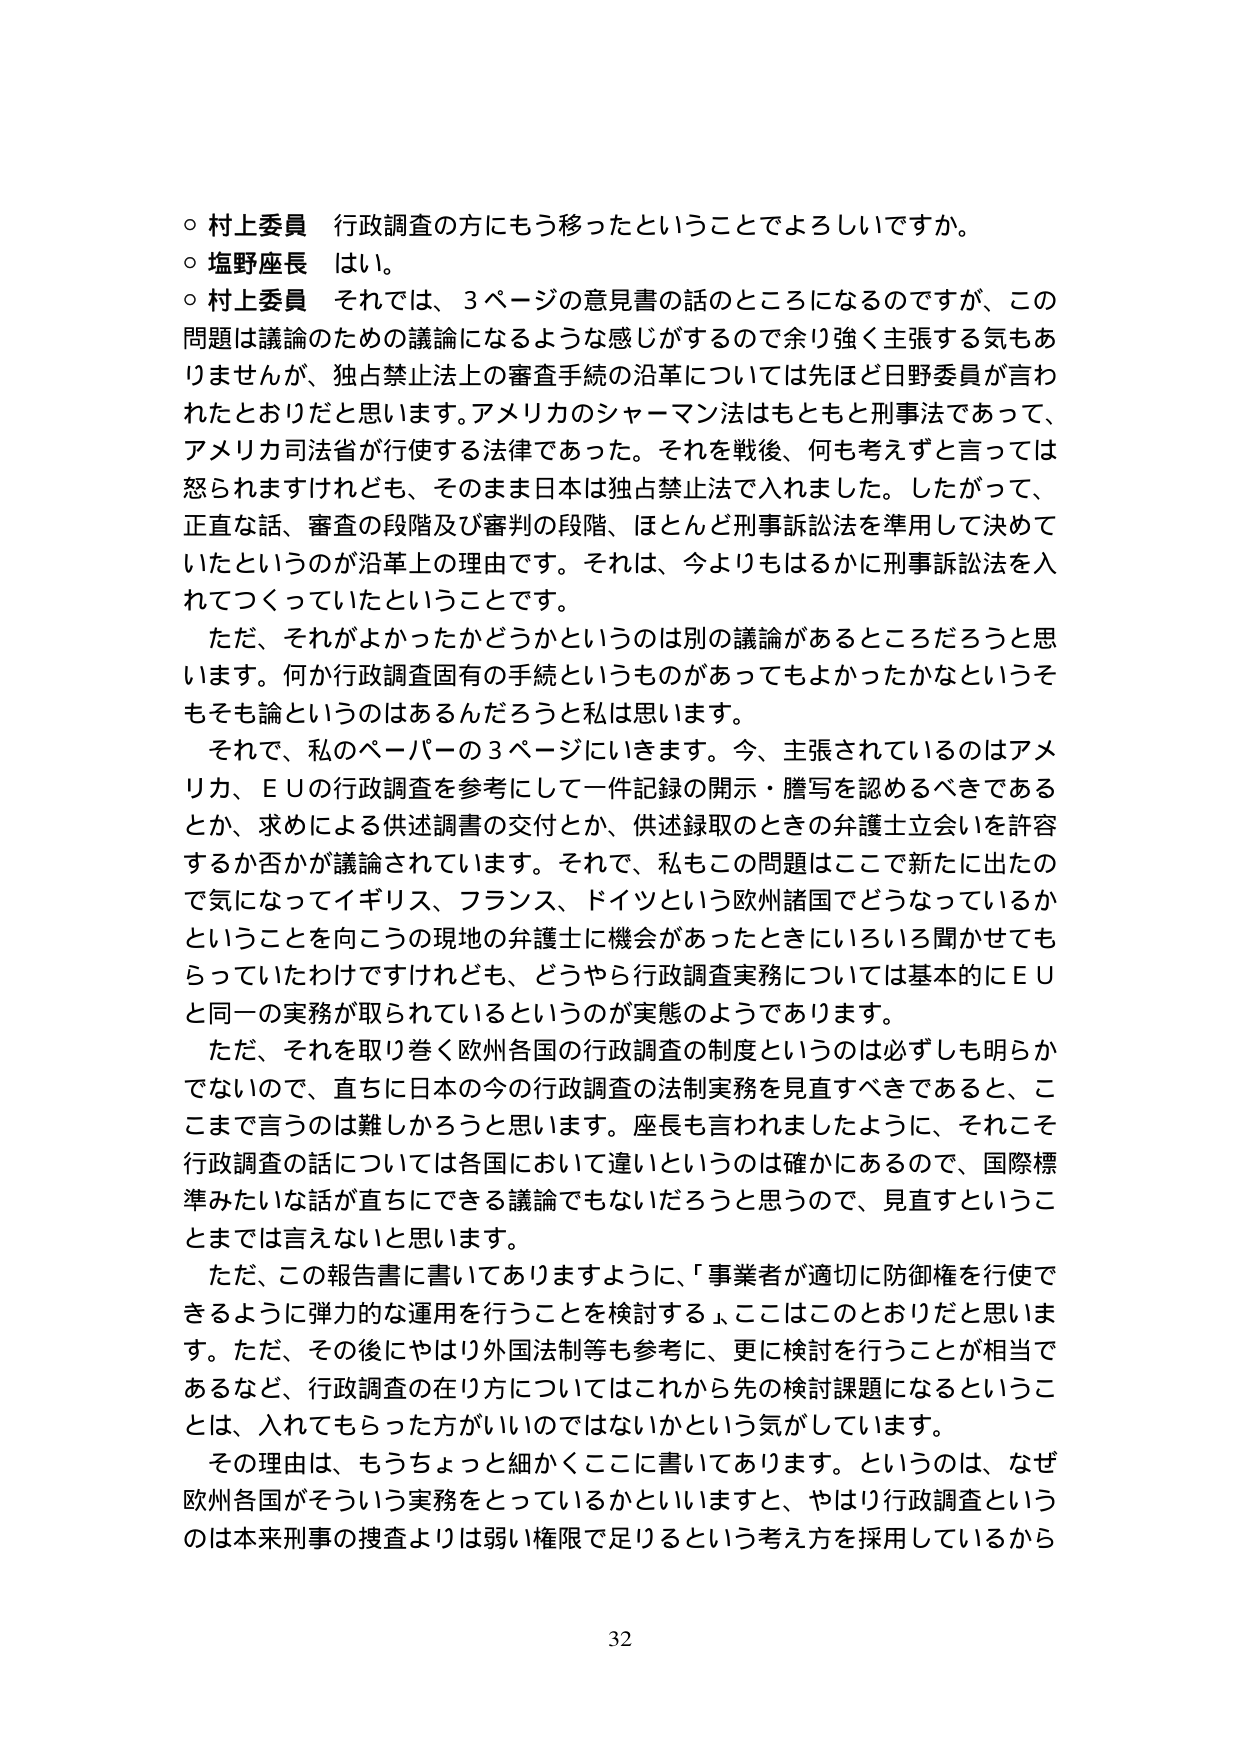
○ 村上委員 行政調査の方にもう移ったということでよろしいですか。
○ 塩野座長 はい。
○ 村上委員 それでは、3ページの意見書の話のところになるのですが、この問題は議論のための議論になるような感じがするので余り強く主張する気もありませんが、独占禁止法上の審査手続の沿革については先ほど日野委員が言われたとおりだと思います。アメリカのシャーマン法はもともと刑事法であって、アメリカ司法省が行使する法律であった。それを戦後、何も考えずと言っては怒られますけれども、そのまま日本は独占禁止法で入りました。したがって、正直な話、審査の段階及び審判の段階、ほとんど刑事訴訟法を準用して決めていたというのが沿革上の理由です。それは、今よりもはるかに刑事訴訟法を入れてつくっていたということです。

ただ、それがよかったかどうかというのは別の議論があるところだろうと思います。何か行政調査固有の手続というものがあってもよかったかなというそもそも論というのはあるんだろうと思います。

それで、私のペーパーの3ページにいきます。今、主張されているのはアメリカ、ＥＵの行政調査を参考にして一件記録の開示・謄写を認めるべきであるとか、求めによる供述調書の交付とか、供述録取のときの弁護士立会いを許容するか否かが議論されています。それで、私もこの問題はここで新たに出たので気になってイギリス、フランス、ドイツという欧州諸国でどうなっているかということを向こうの現地の弁護士に機会があったときにいろいろ聞かせてもらっていたわけですけれども、どうやら行政調査実務については基本的にＥＵと同一の実務が取られているというのが実態のようあります。

ただ、それを取り巻く欧州各国の行政調査の制度というのは必ずしも明らかでないので、直ちに日本の今の行政調査の法制実務を見直すべきであると、ここまで言うのは難しかろうと思います。座長も言われましたように、それこそ行政調査の話については各国において違いというのは確かにあって、国際標準みたいな話が直ちにできる議論でもないだろうと思うので、見直すというこ とまでは言えないと思います。

ただ、この報告書に書いてありますように、「事業者が適切に防御権を行使できるように弾力的な運用を行うことを検討する」、ここはこのとおりだと思います。ただ、その後にやはり外国法制等も参考に、更に検討を行うことが相当であるなど、行政調査の在り方についてはこれから先の検討課題になるということは、入れてもらった方がいいのではないかという気がしています。

その理由は、もうちょっと細かくここに書いてあります。というのは、なぜ欧州各国がそういう実務をとっているかといいますと、やはり行政調査というのは本来刑事の捜査よりは弱い権限で足りるという考え方を採用しているから

32